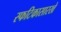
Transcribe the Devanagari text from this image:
स्फटिकासारखे